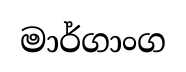
මාර්ගාංග